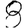
Digit: 8